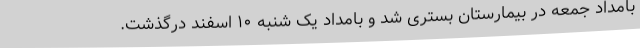
بامداد جمعه در بیمارستان بستری شد و بامداد یک شنبه ۱۰ اسفند درگذشت.